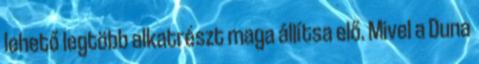
lehető legtöbb alkatrészt maga állítsa elő. Mivel a Duna